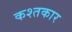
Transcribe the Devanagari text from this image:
कश्तकार